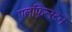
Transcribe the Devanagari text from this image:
एलफ़िन्स्टन